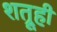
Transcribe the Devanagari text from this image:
शत्रूही